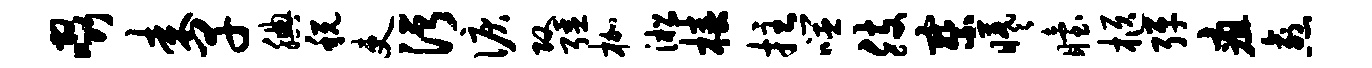
啜耒早腆税吏污泪攻强枷淞椿拄噬肢察曦眙柩弹疽愈